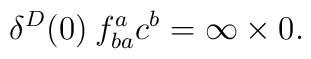
\delta^D(0)\: f^a_{ba} c^b = \infty \times 0.